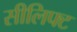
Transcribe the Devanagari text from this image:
सीलिफ्ट